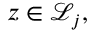
z \in { \mathcal { L } } _ { j } ,